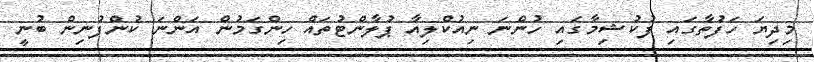
މިދިޔަ ހަފުތާގައި ފުކުޝިމާގައި ހުންނަ ނިއުކްލިއާ ޕުލާންޓުތައް ހިންގަމުން އަންނަ ކުންފުނިން ބުނީ